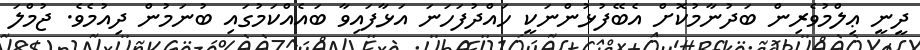
ދީނީ ޢިލްމުވެރިން ބަދުނާމުކޮށް އެބޭފުޅުންނަކީ ހައްދުފަހަނަ އަޅާފައިވާ ބައެއްކަމުގައި ބުނަމުން ދިއުމެވެ. ޖުމްލަ